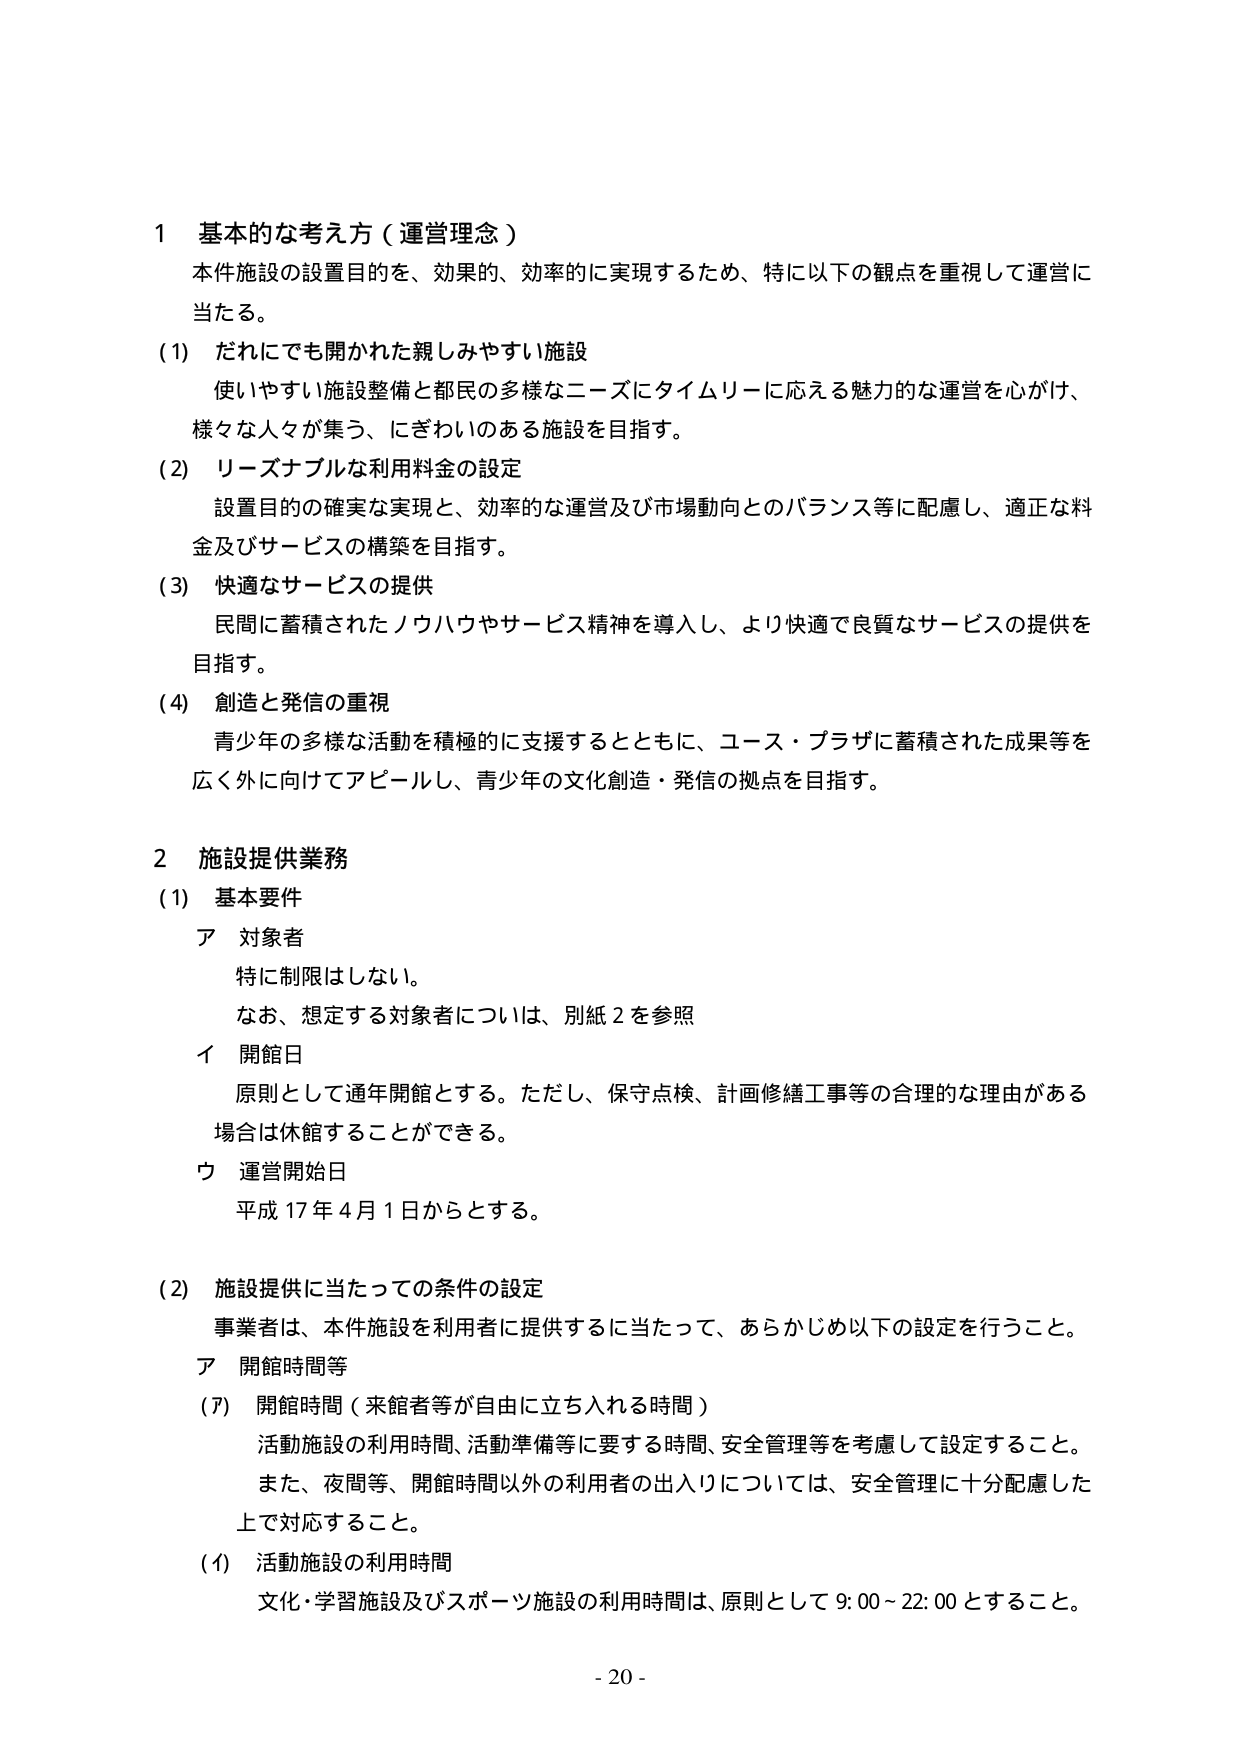
1 基本的な考え方（運営理念）
本件施設の設置目的を、効果的、効率的に実現するため、特に以下の観点を重視して運営に当たる。
(1) だれにでも開かれた親しみやすい施設
使いやすい施設整備と都民の多様なニーズにタイムリーに応える魅力的な運営を心がけ、様々な人々が集う、にぎわいのある施設を目指す。
(2) リーズナブルな利用料金の設定
設置目的の確実な実現と、効率的な運営及び市場動向とのバランス等に配慮し、適正な料金及びサービスの構築を目指す。
(3) 快適なサービスの提供
民間に蓄積されたノウハウやサービス精神を導入し、より快適で良質なサービスの提供を目指す。
(4) 創造と発信の重視
青少年の多様な活動を積極的に支援するとともに、ユース・プラザに蓄積された成果等を広く外に向けてアピールし、青少年の文化創造・発信の拠点を目指す。

2 施設提供業務
(1) 基本要件
ア 対象者
特に制限はしない。
なお、想定する対象者については、別紙2を参照
イ 開館日
原則として通年開館とする。ただし、保守点検、計画修繕工事等の合理的な理由がある場合は休館することができる。
ウ 運営開始日
平成17年4月1日からとする。

(2) 施設提供に当たっての条件の設定
事業者は、本件施設を利用者に提供するに当たって、あらかじめ以下の設定を行うこと。
ア 開館時間等
(ア) 開館時間（来館者等が自由に立ち入れる時間）
活動施設の利用時間、活動準備等に要する時間、安全管理等を考慮して設定すること。
また、夜間等、開館時間以外の利用者の出入りについては、安全管理に十分配慮した上で対応すること。
(イ) 活動施設の利用時間
文化・学習施設及びスポーツ施設の利用時間は、原則として9:00～22:00とすること。

- 20 -